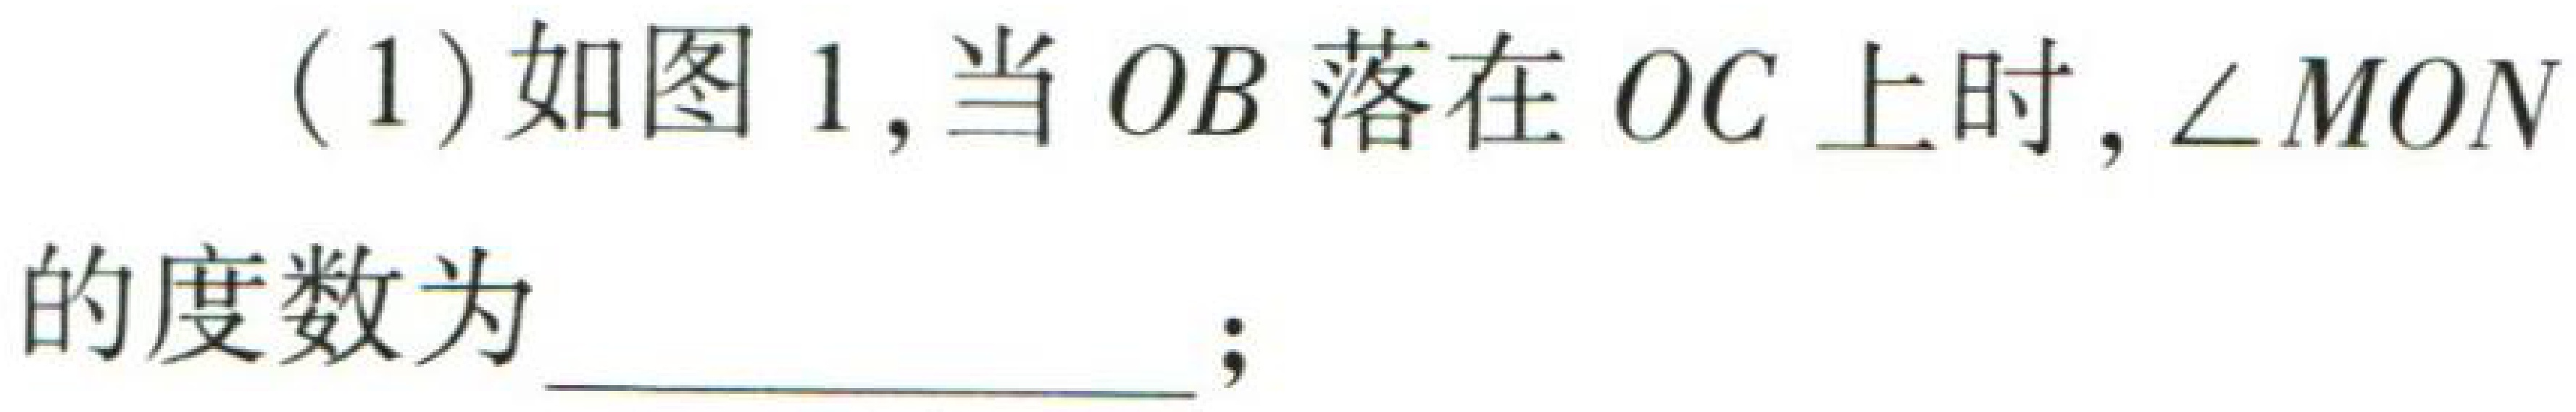
(1)如图图 1,当 \(OB\) 落在 \(OC\) 上时,\(\angle MON\)的度数为  ；